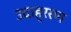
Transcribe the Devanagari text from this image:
उदाह्ररण